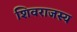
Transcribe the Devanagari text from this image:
शिवराजस्य